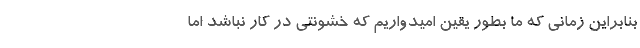
بنابراین زمانی که ما بطور یقین امیدواریم که خشونتی در کار نباشد اما